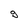
Character: g